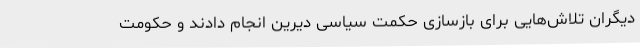
دیگران تلاش‌هایی برای بازسازی حکمت سیاسی دیرین انجام دادند و حکومت